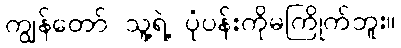
ကျွန်တော် သူ့ရဲ့ ပုံပန်းကိုမကြိုက်ဘူး။